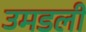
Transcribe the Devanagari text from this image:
उमडली